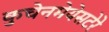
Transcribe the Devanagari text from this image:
कुचेनमेयेसटेरे